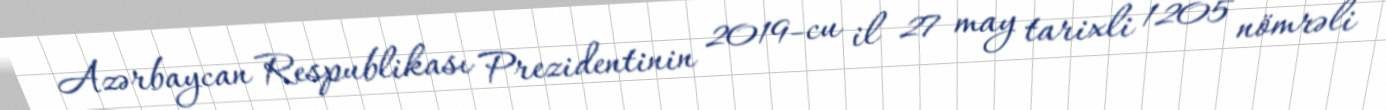
Azərbaycan Respublikası Prezidentinin 2019-cu il 27 may tarixli 1205 nömrəli